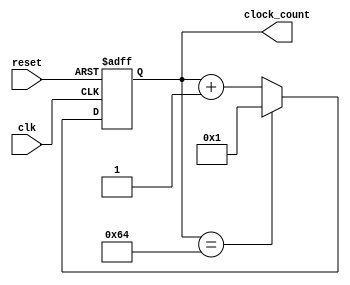
module clock_counter(clk, reset, clock_count);
    
    input clk, reset;
    output [6:0] clock_count;
    reg [6:0] clock_count;
    
    always@(posedge clk or posedge reset)
    begin
        if(reset)
            clock_count <= 7'b0;
        else if(clock_count == 7'b01100100)
            clock_count <= 7'b0000001;
        else
            clock_count <= clock_count + 1;
    end
endmodule